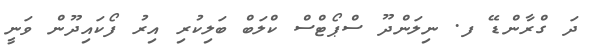
ދަ ގްރާންޑޭ ފ. ނިލަންދޫ ސްޕޯޓްސް ކްލަބް ބަލިކުރި އިރު ފޯކައިދޫން ވަނީ